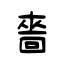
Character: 嗇